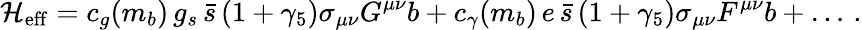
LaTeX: {\cal H}_{\mathrm{eff}}=c_{g}(m_{b})\, g_{s}\, \bar{s}\, (1+\gamma_{5})\sigma_{\mu\nu}G^{\mu\nu}b+c_{\gamma}(m_{b})\, e\, \bar{s}\, (1+\gamma_{5})\sigma_{\mu\nu}F^{\mu\nu}b+\dots\, .